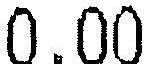
0.00